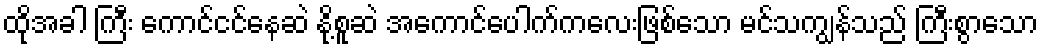
ထိုအခါ ကြီး ကောင်ငင်နေဆဲ နို့စူဆဲ အကောင်ပေါက်ကလေးဖြစ်သော မင်သကျွန်သည် ကြီးစွာသော